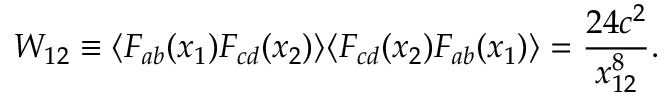
W _ { 1 2 } \equiv \langle F _ { a b } ( x _ { 1 } ) F _ { c d } ( x _ { 2 } ) \rangle \langle F _ { c d } ( x _ { 2 } ) F _ { a b } ( x _ { 1 } ) \rangle = \frac { 2 4 c ^ { 2 } } { x _ { 1 2 } ^ { 8 } } .